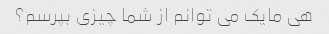
هی مایک می توانم از شما چیزی بپرسم؟